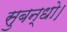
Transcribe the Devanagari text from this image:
सुबन्‍धो।